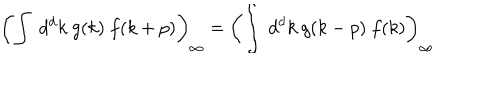
\left( \int \ d ^ { d } k \ g ( k ) \ f ( k + p ) \right) _ { \infty } = \left( \int \ d ^ { d } k \ g ( k - p ) \ f ( k ) \right) _ { \infty }